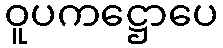
ဝူပကဋ္ဌောပေ